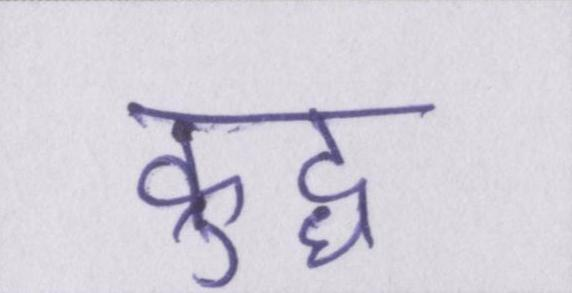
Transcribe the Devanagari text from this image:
क्रुद्ध